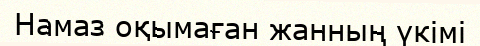
Намаз оқымаған жанның үкімі